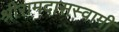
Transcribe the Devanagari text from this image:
श्रीरामदासस्वामी